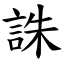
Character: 誅